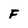
Character: F